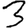
Digit: 3